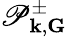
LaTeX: \mathscr{P}_{{\mathbf{k}},{\mathbf{G}}}^{\pm}